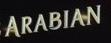
arabian